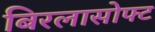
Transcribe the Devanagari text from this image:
बिरलासोफ्ट